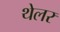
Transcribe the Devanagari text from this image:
थेलर